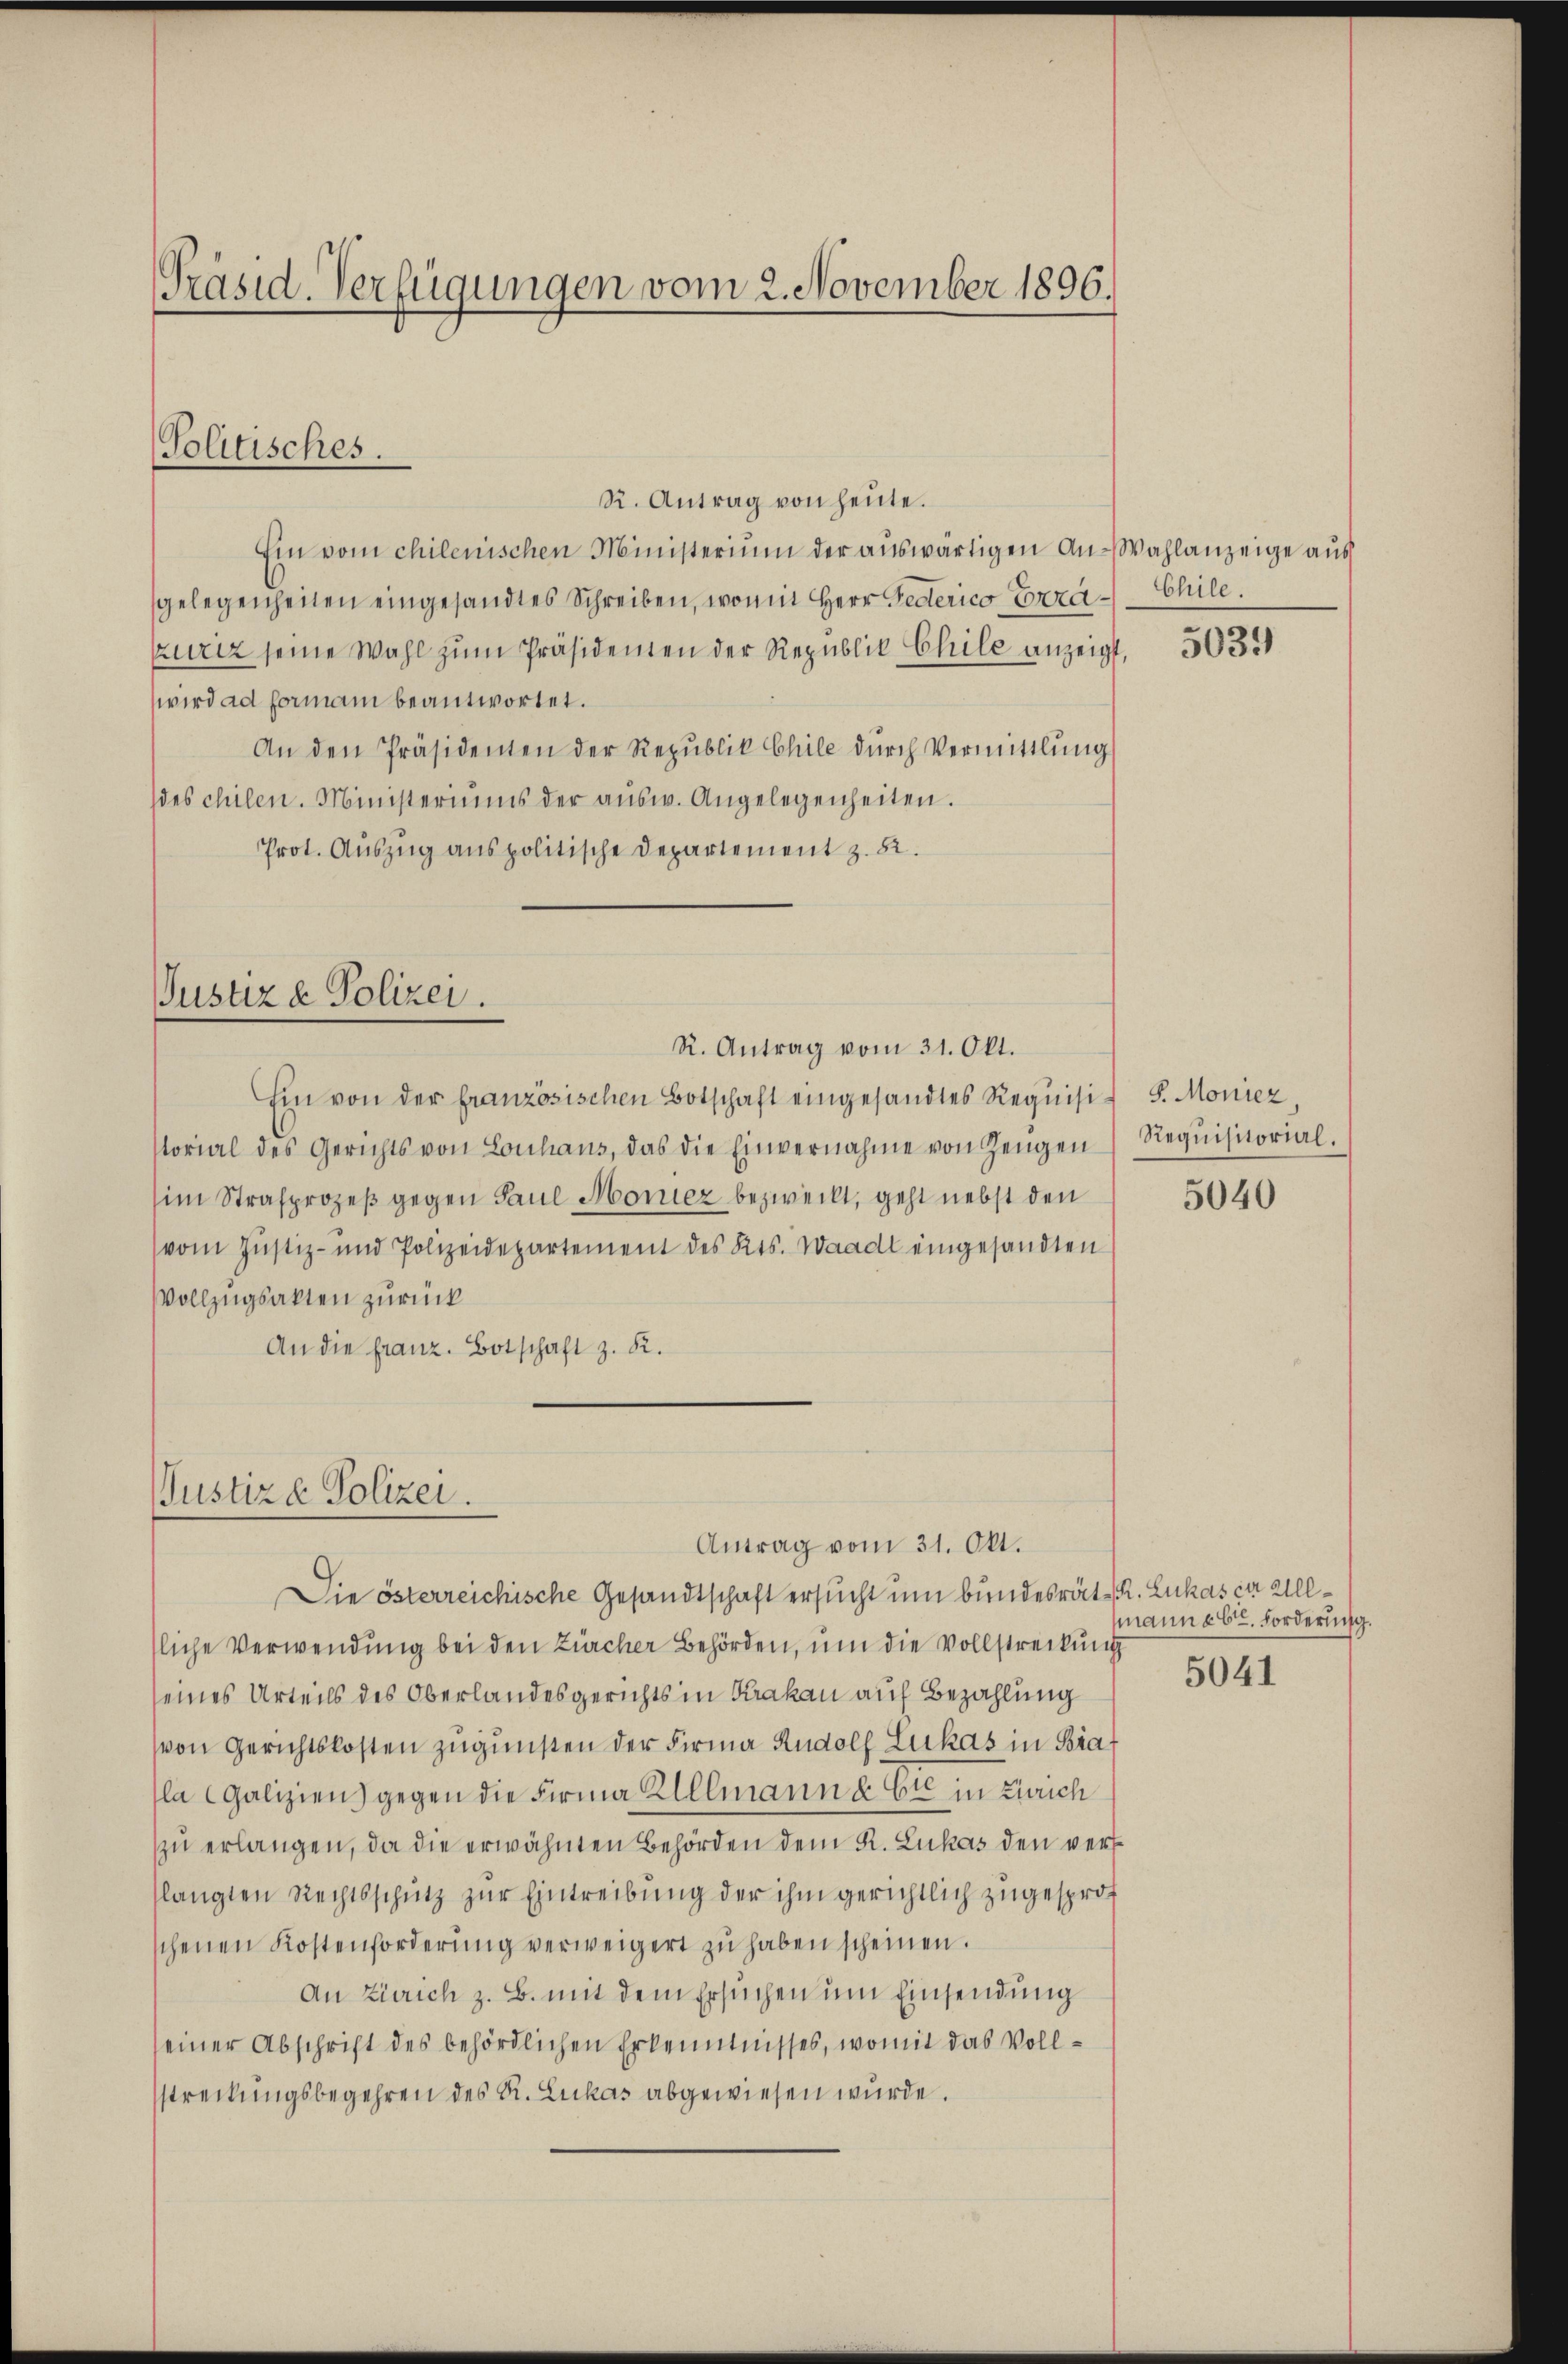
Präsid. Verfügungen vom 2. November 1896.

R. Antrag von heute.
Ein vom chilenischen Ministerium der auswärtigen An-Wahlanzeige aus
gelegenheiten eingesandtes Schreiben, womit Herr Federico Conza-Chile.
kurtz seine Wahl zum Präsidenten der Republik Chile anzeigt
wird ad formani beantwortet.
An den Präsidenten der Republik Chile dŭrch Vermittlung
des chilen. Ministeriums der aŭsw. Angelegenheiten.
Prot. Auszug aus politische Departement z. B.
Justiz & Polizei.
R. Antrag vom 31. Okt.
Ein von der französischen Botschaft eingesandtes Requisit 5. Moniez
storial des Gerichts von Louhaus, das die Einvernahme von Zeugen Requisitorial.
(im Strafprozeß gegen Paul Moricz bezweckt, geht nebst den
(vom Justiz- und Polizeidepartement des Kts. Waadt eingesandten
Vollzugsakten zurück
An die franz. Botschaft z. R.

Politisches.

Justiz & Polizei.
Antrag vom 31. Okt.

Die österreichische Gesandtschaft ersucht um bundesrät-R. Lukas ca 20
sliche Verwendung bei den Zürcher Behörden, um die Vollstreckung
seines Urteils des Oberlandesgerichts in Krakau auf Bezahlung
von Gerichtskosten zugunsten der Firma Rudolf Lukas in Brala Galizien) gegen die Firma Allmann u. Sie in Zürich
zŭ erlangen, da die erwähnten Behörden dem K. Lukas den verfslangten Rechtsschutz zur Eintreibung der ihm gerichtlich zugesproschenen Kostenforderŭng verweigert zŭ haben scheinen.
An Zürich z. B. mit dem Ersuchen um Einsendung
seiner Abschrift des behördlichen Erkenntnisses, womit das Vollstreckungsbegehren des R. Lukas abgewiesen wurde.

5039

5040

mann ab. Forderung.
5041